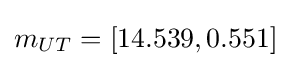
m_{UT}=[14.539,0.551]